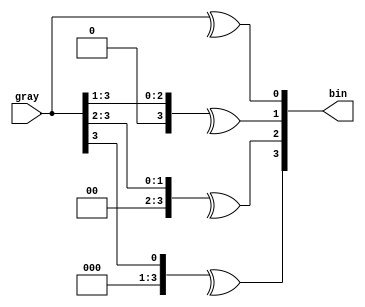
`timescale 1ns / 1ps
//////////////////////////////////////////////////////////////////////////////////
// Company: 
// 
// Design Name: N-bit Gray to Binary Converter
// Module Name: Nbit_Gray_Binary_Converter
// Project Name: N-bit Gray to Binary Converter
// Target Devices: 
// Tool Versions: Vivado 2020.2.2
// Description: 
// 
// Dependencies: 
// 
// Revision:
// Revision 0.01 - File Created
// Additional Comments:
// 
//////////////////////////////////////////////////////////////////////////////////


module Nbit_Gray_Binary_Converter #(parameter size = 4)(
    bin,
    gray
    );
    
    output [size-1:0]bin;
    input [size-1:0]gray;
    
    genvar i;
    
    for(i=0; i<size; i=i+1)
    begin
        assign bin[i] =^ (gray >> i);
    end
endmodule